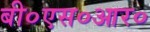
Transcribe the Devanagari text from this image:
बी०एस०आर०